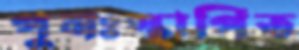
পুনঃস্থাপিত